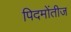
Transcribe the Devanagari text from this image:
पिदमोंतीज